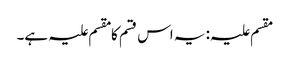
مقسم علیہ: یہ اس قسم کا مقسم علیہ ہے۔